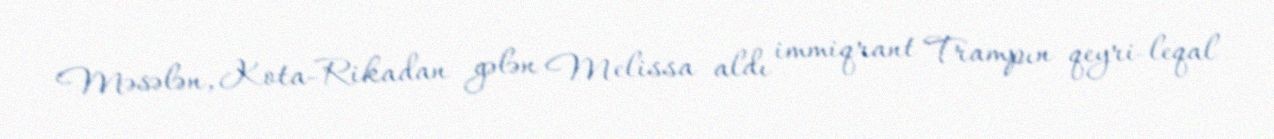
Məsələn, Kota-Rikadan gələn Melissa aldı immiqrant Trampın qeyri-leqal